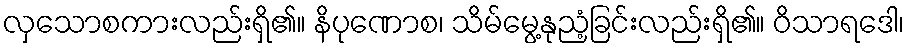
လှသောစကားလည်းရှိ၏။ နိပုဏောစ၊ သိမ်မွေ့နုညံ့ခြင်းလည်းရှိ၏။ ဝိသာရဒေါ၊